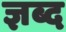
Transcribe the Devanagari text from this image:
ज्ञब्द